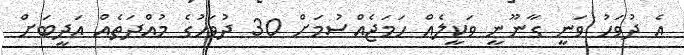
އެ ދުވަހު ވަނީ ގާނޫނީ ވަކީލެއް ހަމަޖެއްސުމަށް 30 ދުވަހުގެ މުއްދަތެއް އަދީބަށް